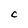
Character: C